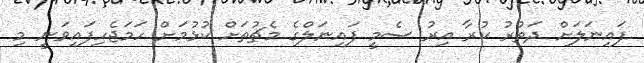
ފައިނަލަށް ދަތުރު ކުރާ އިރު ސެމީ ފައިނަލްގެ މެޗުތަށް ކުޅުމަށް ހަމަޖެހިފައިވަނީ މި